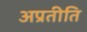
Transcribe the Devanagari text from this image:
अप्रतीति